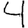
Digit: 4